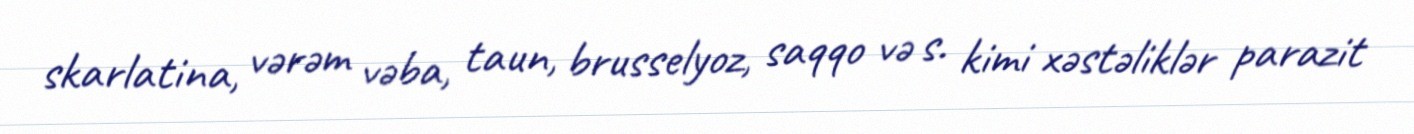
skarlatina, vərəm vəba, taun, brusselyoz, saqqo və s. kimi xəstəliklər parazit